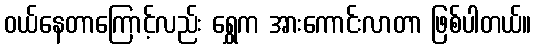
ဝယ်နေတာကြောင့်လည်း ရွှေက အားကောင်းလာတာ ဖြစ်ပါတယ်။